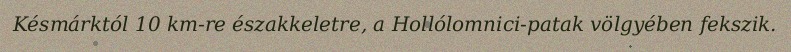
Késmárktól 10 km-re északkeletre, a Hollólomnici-patak völgyében fekszik.